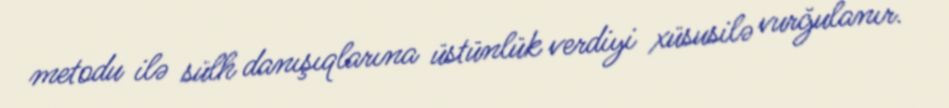
metodu ilə sülh danışıqlarına üstünlük verdiyi xüsusilə vurğulanır.